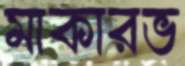
মাকারভ